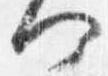
何